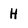
Character: H